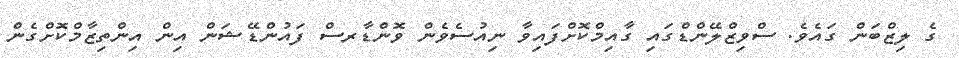
ގެ ލިޒްބަން ގައެވެ. ސްވިޒްލޭންޑްގައި ގާއިމްކޮށްފައިވާ ނިއުސެވެން ވޮންޑާރސް ފައުންޑޭޝަން އިން އިންތިޒާމްކޮށްގެން